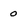
Character: 0